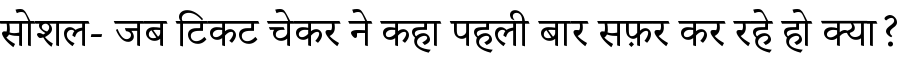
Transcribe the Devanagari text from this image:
सोशल- जब टिकट चेकर ने कहा पहली बार सफ़र कर रहे हो क्या?